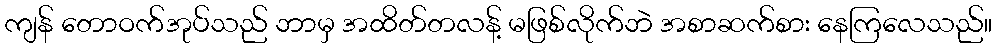
ကျန် တောဝက်အုပ်သည် ဘာမှ အထိတ်တလန့် မဖြစ်လိုက်ဘဲ အစာဆက်စား နေကြလေသည်။